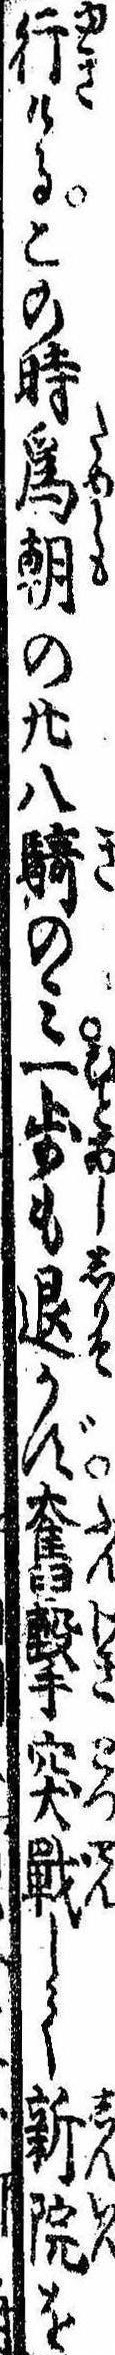
行けるこの時為朝の廿八騎のみ一歩も退かず奮撃突戦して新院を